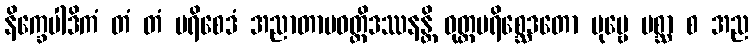
နိက္ခေပါဒိကံ တံ တံ ပရိစေဒံ အညာတာပဝတ္တိဒဿနန္တိ ဝုတ္တပရိစ္ဆေဒတော ပုဗ္ဗေ ပစ္ဆာ စ အည